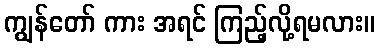
ကျွန်တော် ကား အရင် ကြည့်လို့ရမလား။